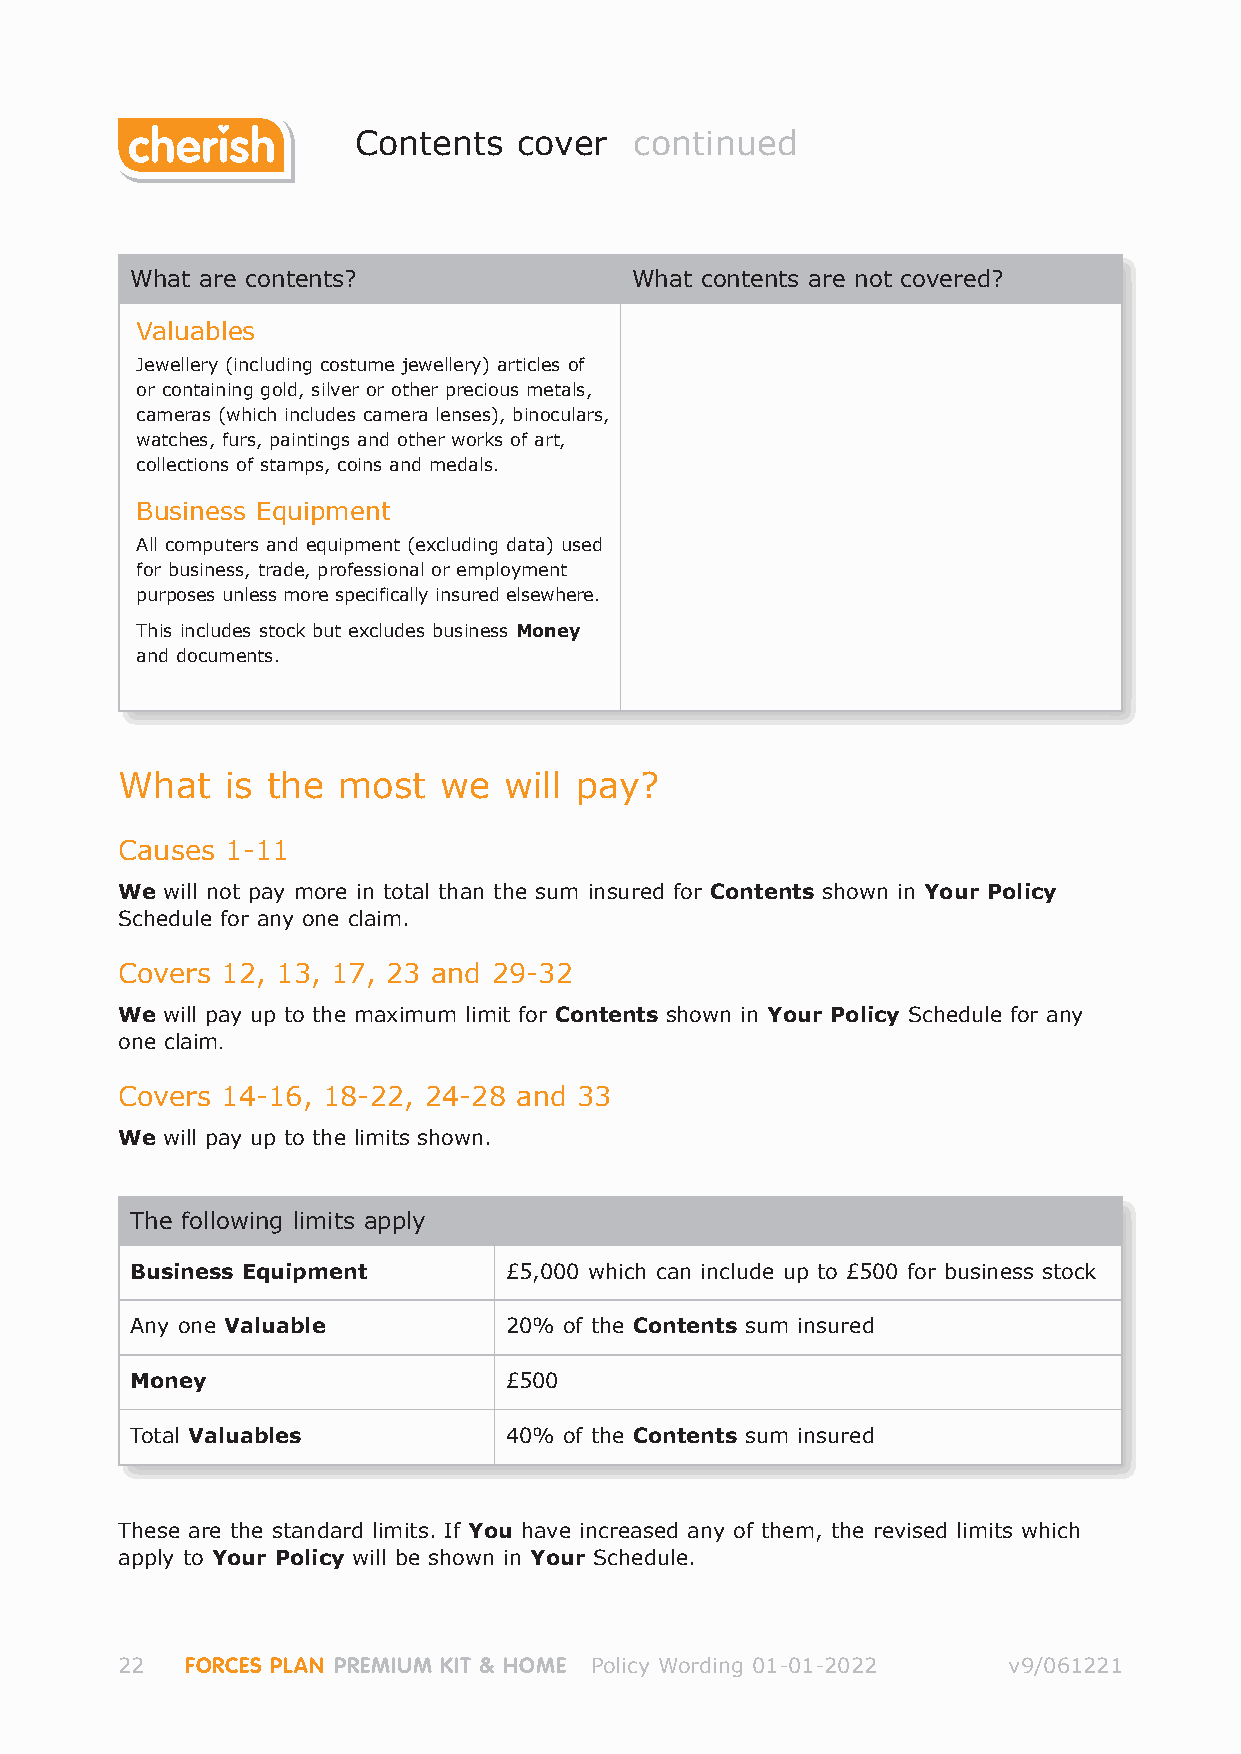
Contents   cover   continued
 What are contents?               What contents are not covered?
 Valuables
 Jewellery (including costume jewellery) articles of
 or containing gold, silver or other precious metals,
 cameras (which includes camera lenses), binoculars,
 watches, furs, paintings and other works of art,
 collections of stamps, coins and medals.
 Business Equipment
 All computers and equipment (excluding data) used
 for business, trade, professional or employment
 purposes unless more specifically insured elsewhere.
 This includes stock but excludes business Money
 and documents.
 What   is the most   we  will pay?
 Causes 1-11
 We will not pay more in total than the sum insured for Contents shown in Your Policy
 Schedule for any one claim.
 Covers 12, 13, 17, 23 and 29-32
 We will pay up to the maximum limit for Contents shown in Your Policy Schedule for any
 one claim.
 Covers 14-16, 18-22, 24-28 and 33
 We will pay up to the limits shown.
 The following limits apply
 Business Equipment      £5,000 which can include up to £500 for business stock
 Any one Valuable        20% of the Contents sum insured
 Money                   £500
 Total Valuables         40% of the Contents sum insured
 These are the standard limits. If You have increased any of them, the revised limits which
 apply to Your Policy will be shown in Your Schedule.
 22  FORCES PLAN PREMIUM KIT & HOME Policy Wording 01-01-2022 v9/061221